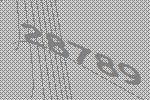
28789